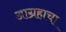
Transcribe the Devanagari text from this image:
आग्रहाचा